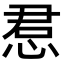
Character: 𫺔